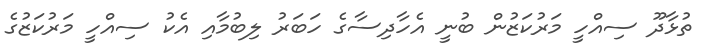
ތުޅާދޫ ސިއްހީ މަރުކަޒުން ބުނީ އެހާދިސާގެ ހަބަރު ލިބުމާއި އެކު ސިއްހީ މަރުކަޒުގެ